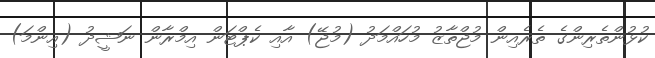
ކުޅުންތެރިންގެ ތެރެއިން މުޖްތާޒު މުހައްމަދު (މުޖޭ) އާއި ކެޕްޓަން އިމްރާން ނަޝީދު (އިންމަ)